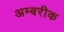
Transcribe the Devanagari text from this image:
अम्बरीक